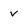
Character: v